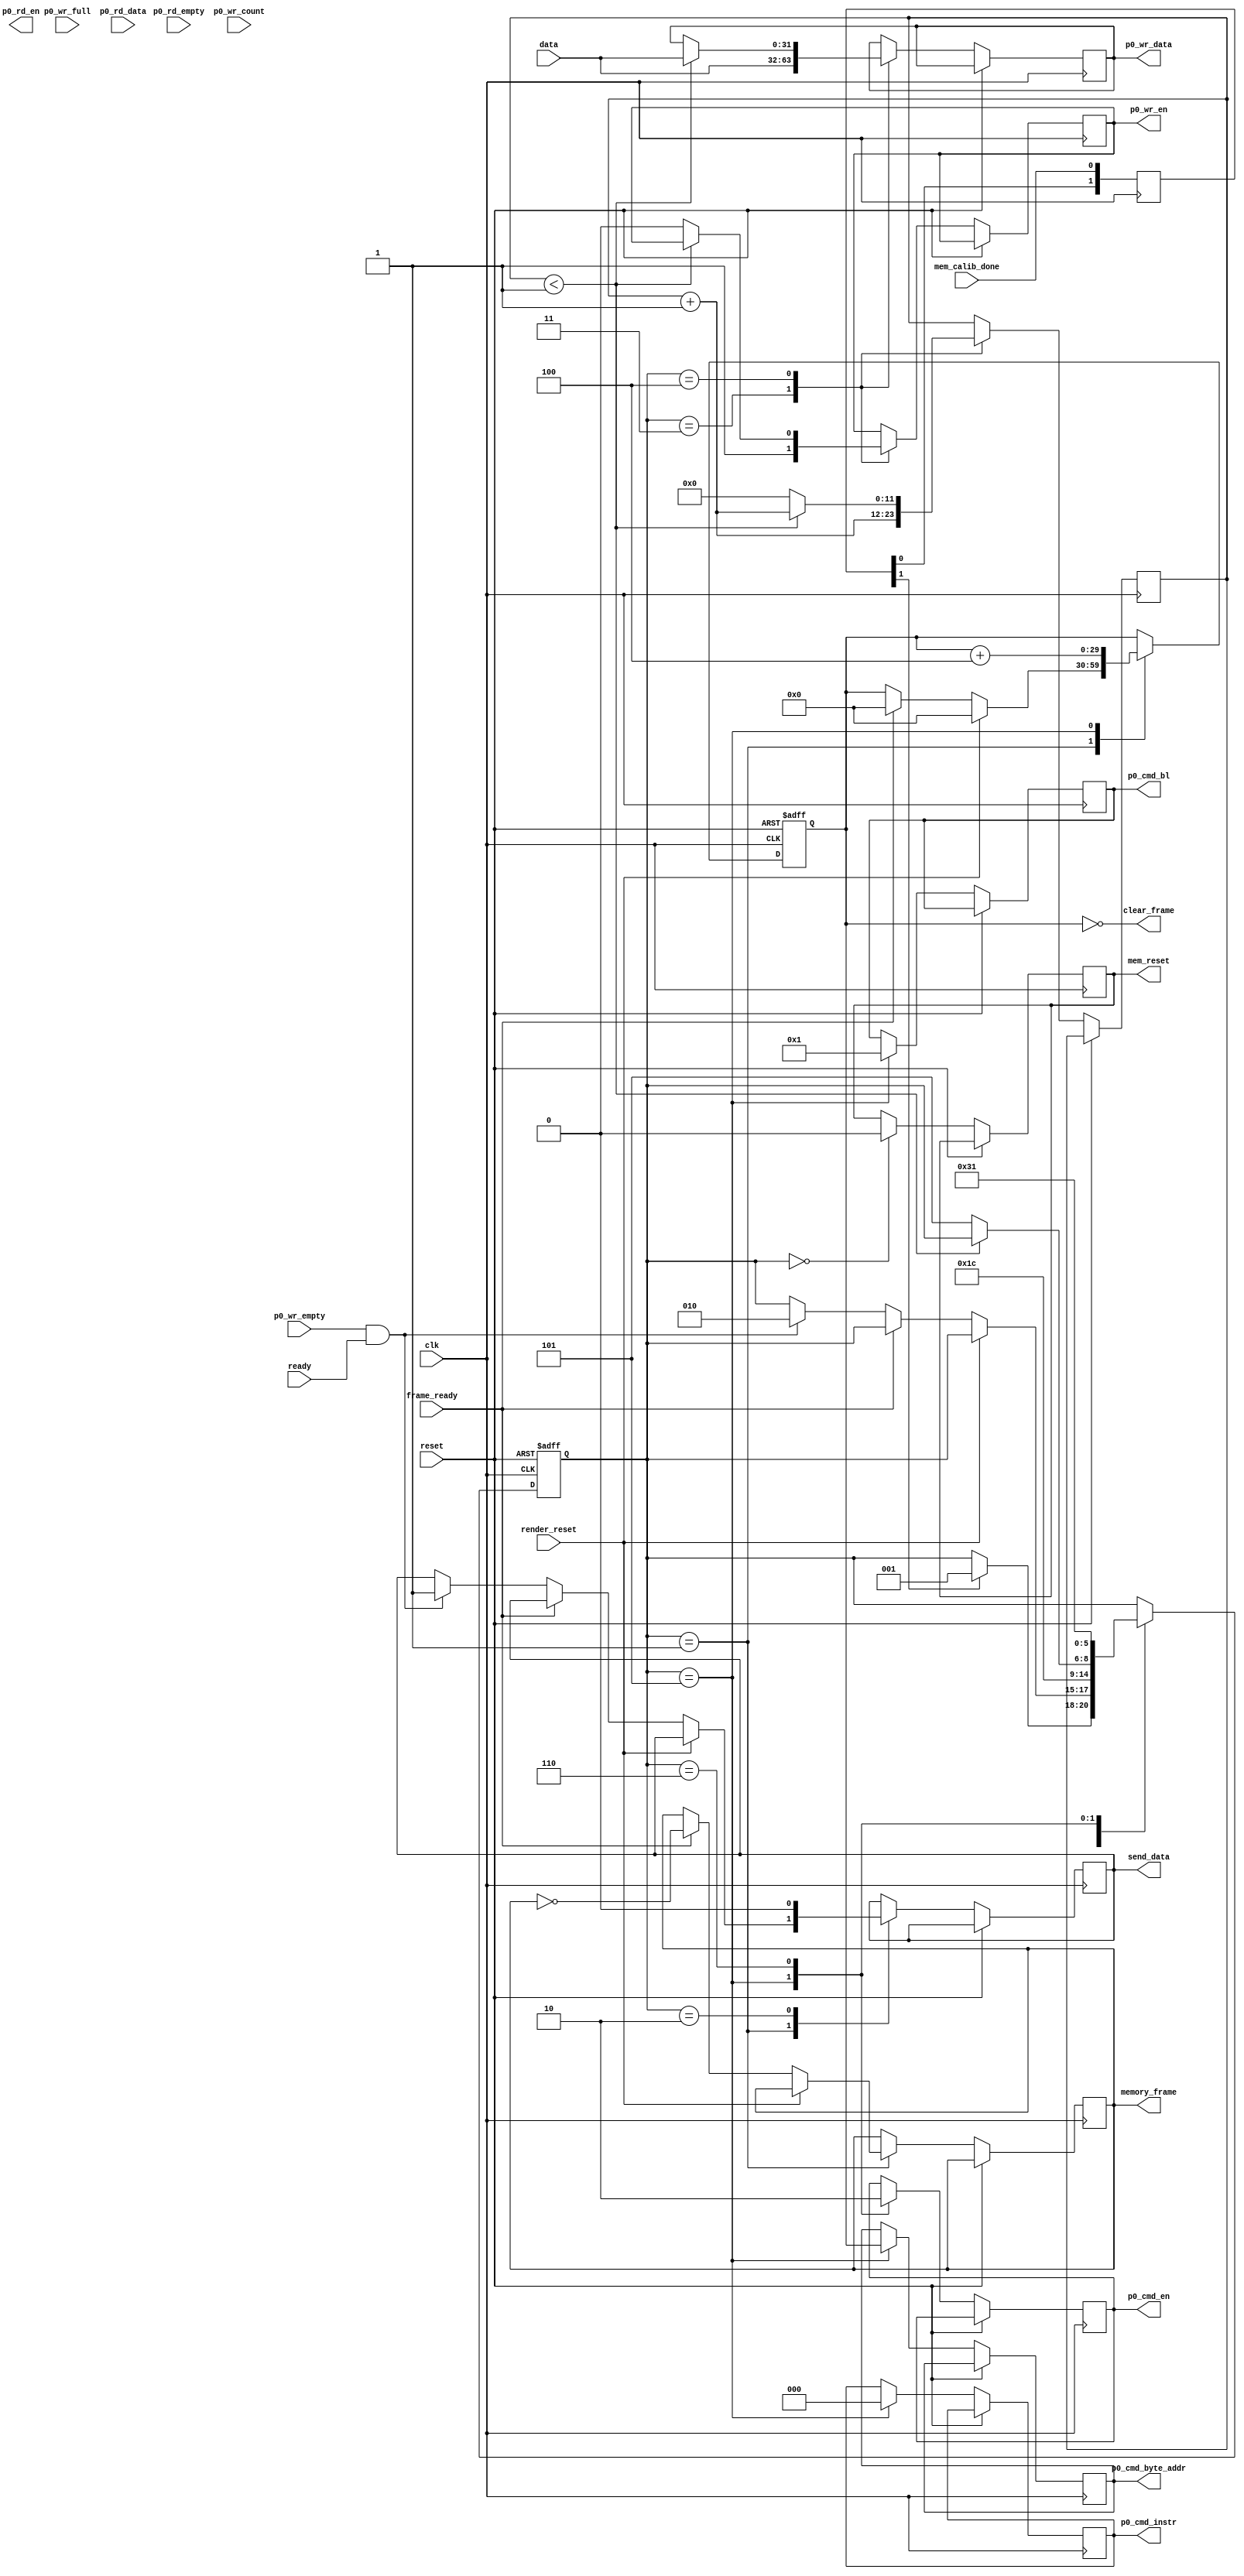
`timescale 1ns / 1ps
//////////////////////////////////////////////////////////////////////////////////
// Company: Digilent
// 
// Module Name: iterationMemoryWritter 
// Tool versions: ISE 13.3
// Description: Writes information from the mandelbrot rendering engine to memory
//
//
//////////////////////////////////////////////////////////////////////////////////
module iterationMemoryWritter # (
	parameter set_size = 1
	)(
	input clk,
	input reset,
	
	// Mandelbrot Engine
	input [31:0] data,
	input render_reset,
	input ready,
	input frame_ready,
	output reg send_data,
	output wire clear_frame,
	
	// Memory
	input mem_calib_done,
	input p0_wr_full,
	input p0_wr_empty,
	input p0_rd_empty,
	input [6:0] p0_wr_count,
	input [31:0] p0_rd_data,
	output reg mem_reset,
	output reg p0_wr_en,
	output reg p0_rd_en,
	output reg [2:0] p0_cmd_instr,
	output reg p0_cmd_en,
	output reg [5:0] p0_cmd_bl,
	output reg [29:0] p0_cmd_byte_addr,
	output reg [31:0] p0_wr_data,
	output reg memory_frame
   );
			 
	wire [29:0] base_pointer = 0;
	reg [29:0] pointer;
	reg [1:0] calib_done;
	reg [5:0] write_count;
	
	initial begin
		memory_frame <= 'd0;
		mem_reset <= 1;
	end
	
	always @(posedge clk) begin
		calib_done <= {calib_done[0], mem_calib_done};
	end

	reg [2:0] state;
	reg [11:0] count;
	reg [26:0] hold;
	
	assign clear_frame = (pointer == 0);
	
	always @(posedge clk, posedge reset) begin
		if (reset) begin
			pointer <= 0;
			state <= 0;
		end else begin
			case(state)
			0: begin
				mem_reset <= 0;
				if (calib_done[1]) state <= 1;
			end
			1: begin
				if (render_reset) begin
					pointer <= 0;
				end else if (frame_ready) begin
					memory_frame <= ~memory_frame;
					pointer <= 0;
				end else if (p0_wr_empty && ready) begin
					send_data <= 1;
					state <= 2;
				end
			end
			2: begin
				send_data <= 0;
				state <= 3;
			end
			3: begin
				p0_wr_data <= data;
				p0_wr_en <= 1;
				count <= count + 1;
				state <= 4;
			end
			4: begin
				if (count < set_size) begin
					p0_wr_data <= data;
					count <= count + 1;
				end else begin
					p0_wr_en <= 0;
					count <= 0;
					state <= 5;
				end
			end
			5: begin
				p0_cmd_instr <= 0;
				p0_cmd_en <= 1;
				p0_cmd_bl <= set_size;
				p0_cmd_byte_addr <= pointer;
				pointer <= pointer + (set_size << 2);
				state <= 6;
			end
			6: begin
				p0_cmd_en <= 0;
				state <= 1;
			end
			endcase
		end
	end

endmodule